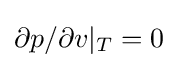
\partial p/\partial v|_{T}=0